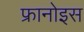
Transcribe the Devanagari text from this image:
फ्रानोइस